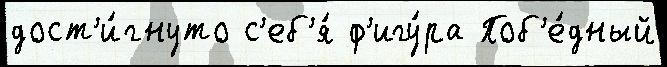
дост'и́гнуто с'еб'я́ ф'игу́ра Поб'е́дный